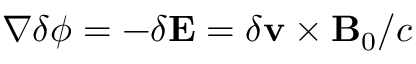
\nabla \delta \phi = - \delta \mathbf { E } = \delta \mathbf { v } \times \mathbf { B } _ { 0 } / c